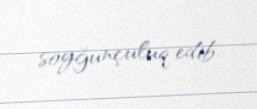
soyğunçuluq edib.